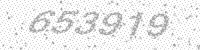
Solution: 653919